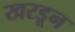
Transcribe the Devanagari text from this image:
खरडून